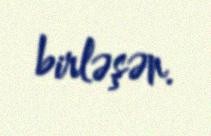
birləşən.